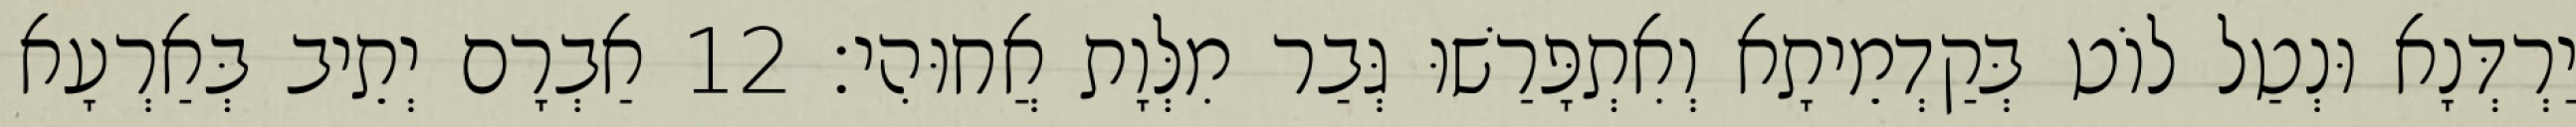
יַרְדְּנָא וּנְטַל לוֹט בְּקַדְמֵיתָא וְאִתְפָּרַשׁוּ גְּבַר מִלְּוָת אֲחוּהִי׃ 12 אַבְרָם יְתֵיב בְּאַרְעָא